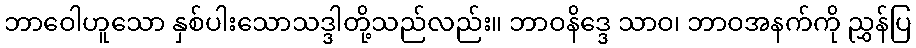
ဘာဝေါဟူသော နှစ်ပါးသောသဒ္ဒါတို့သည်လည်း။ ဘာဝနိဒ္ဒေ သာဝ၊ ဘာဝအနက်ကို ညွှန်ပြ